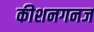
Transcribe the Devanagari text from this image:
कीशनगनज